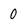
Character: 0